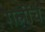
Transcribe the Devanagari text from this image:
ग़लीच